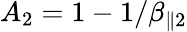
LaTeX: A_{2}=1-1/\beta_{\parallel 2}